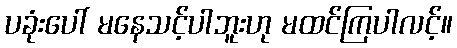
ပခုံးပေါ် မနေသင့်ပါဘူးဟု မထင်ကြပါလင့်။